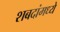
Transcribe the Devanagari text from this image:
शबदांमध्ये